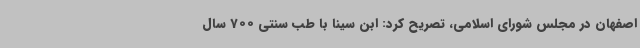
اصفهان در مجلس شورای اسلامی، تصریح کرد: ابن سینا با طب سنتی 700 سال